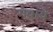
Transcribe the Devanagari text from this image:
गंवाये